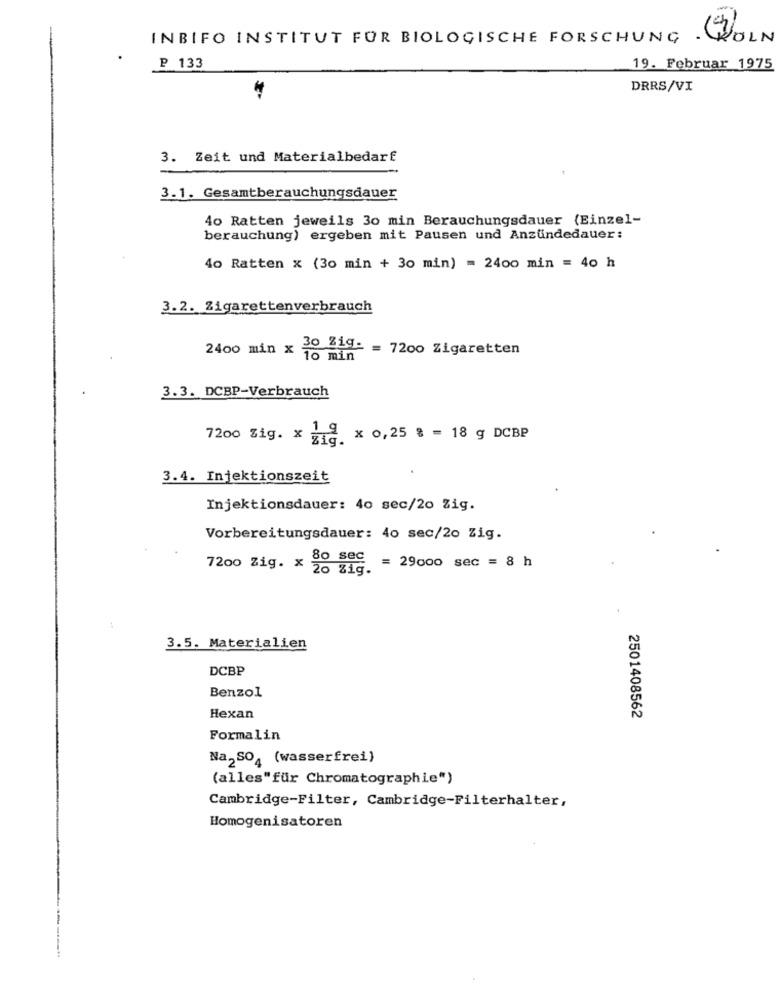
INBIFO INSTITUT FOR BIOLOGISCHE FORSCHUNG
WOLN
P 133
19. Februar 1975
DRRS/VI
3. Zeit und Materialbedarf
3.1. Gesamtberauchungsdauer
40 Ratten jeweils 30 min Berauchungsdauer (Einzel-
berauchung) ergeben mit Pausen und Anzündedauer:
40 Ratten x (30 min + 30 min) = 2400 min = 40 h
3.2. Zigarettenverbrauch
2400 min x 30 219- = 7200 Zigaretten
10 min
3.3. DCBP-Verbrauch
7200 Zig. X Zig.
1.9 x 0,25 % = 18 g DCBP
3.4. Injektionszeit
Injektionsdauer: 40 sec/20 Zig.
Vorbereitungsdauer: 40 sec/20 Zig.
80 sec = 29000 sec = 8 h
7200 Zig. X 20 %ig.
3.5. Materialien
DCBP
Benzol
Hexan
2501408562
Formalin
Na2SO4 (wasserfrei)
(alles"für Chromatographie")
Cambridge-Filter, Cambridge-Filterhalter,
Homogenisatoren